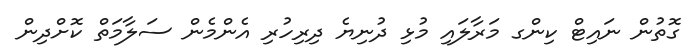
ގޮތުން ނައިޓް ކިންގ މަރާލައި މުޅި ދުނިޔެ ދިރިހުރި އެންމެން ސަލާމަތް ކޮށްދިން